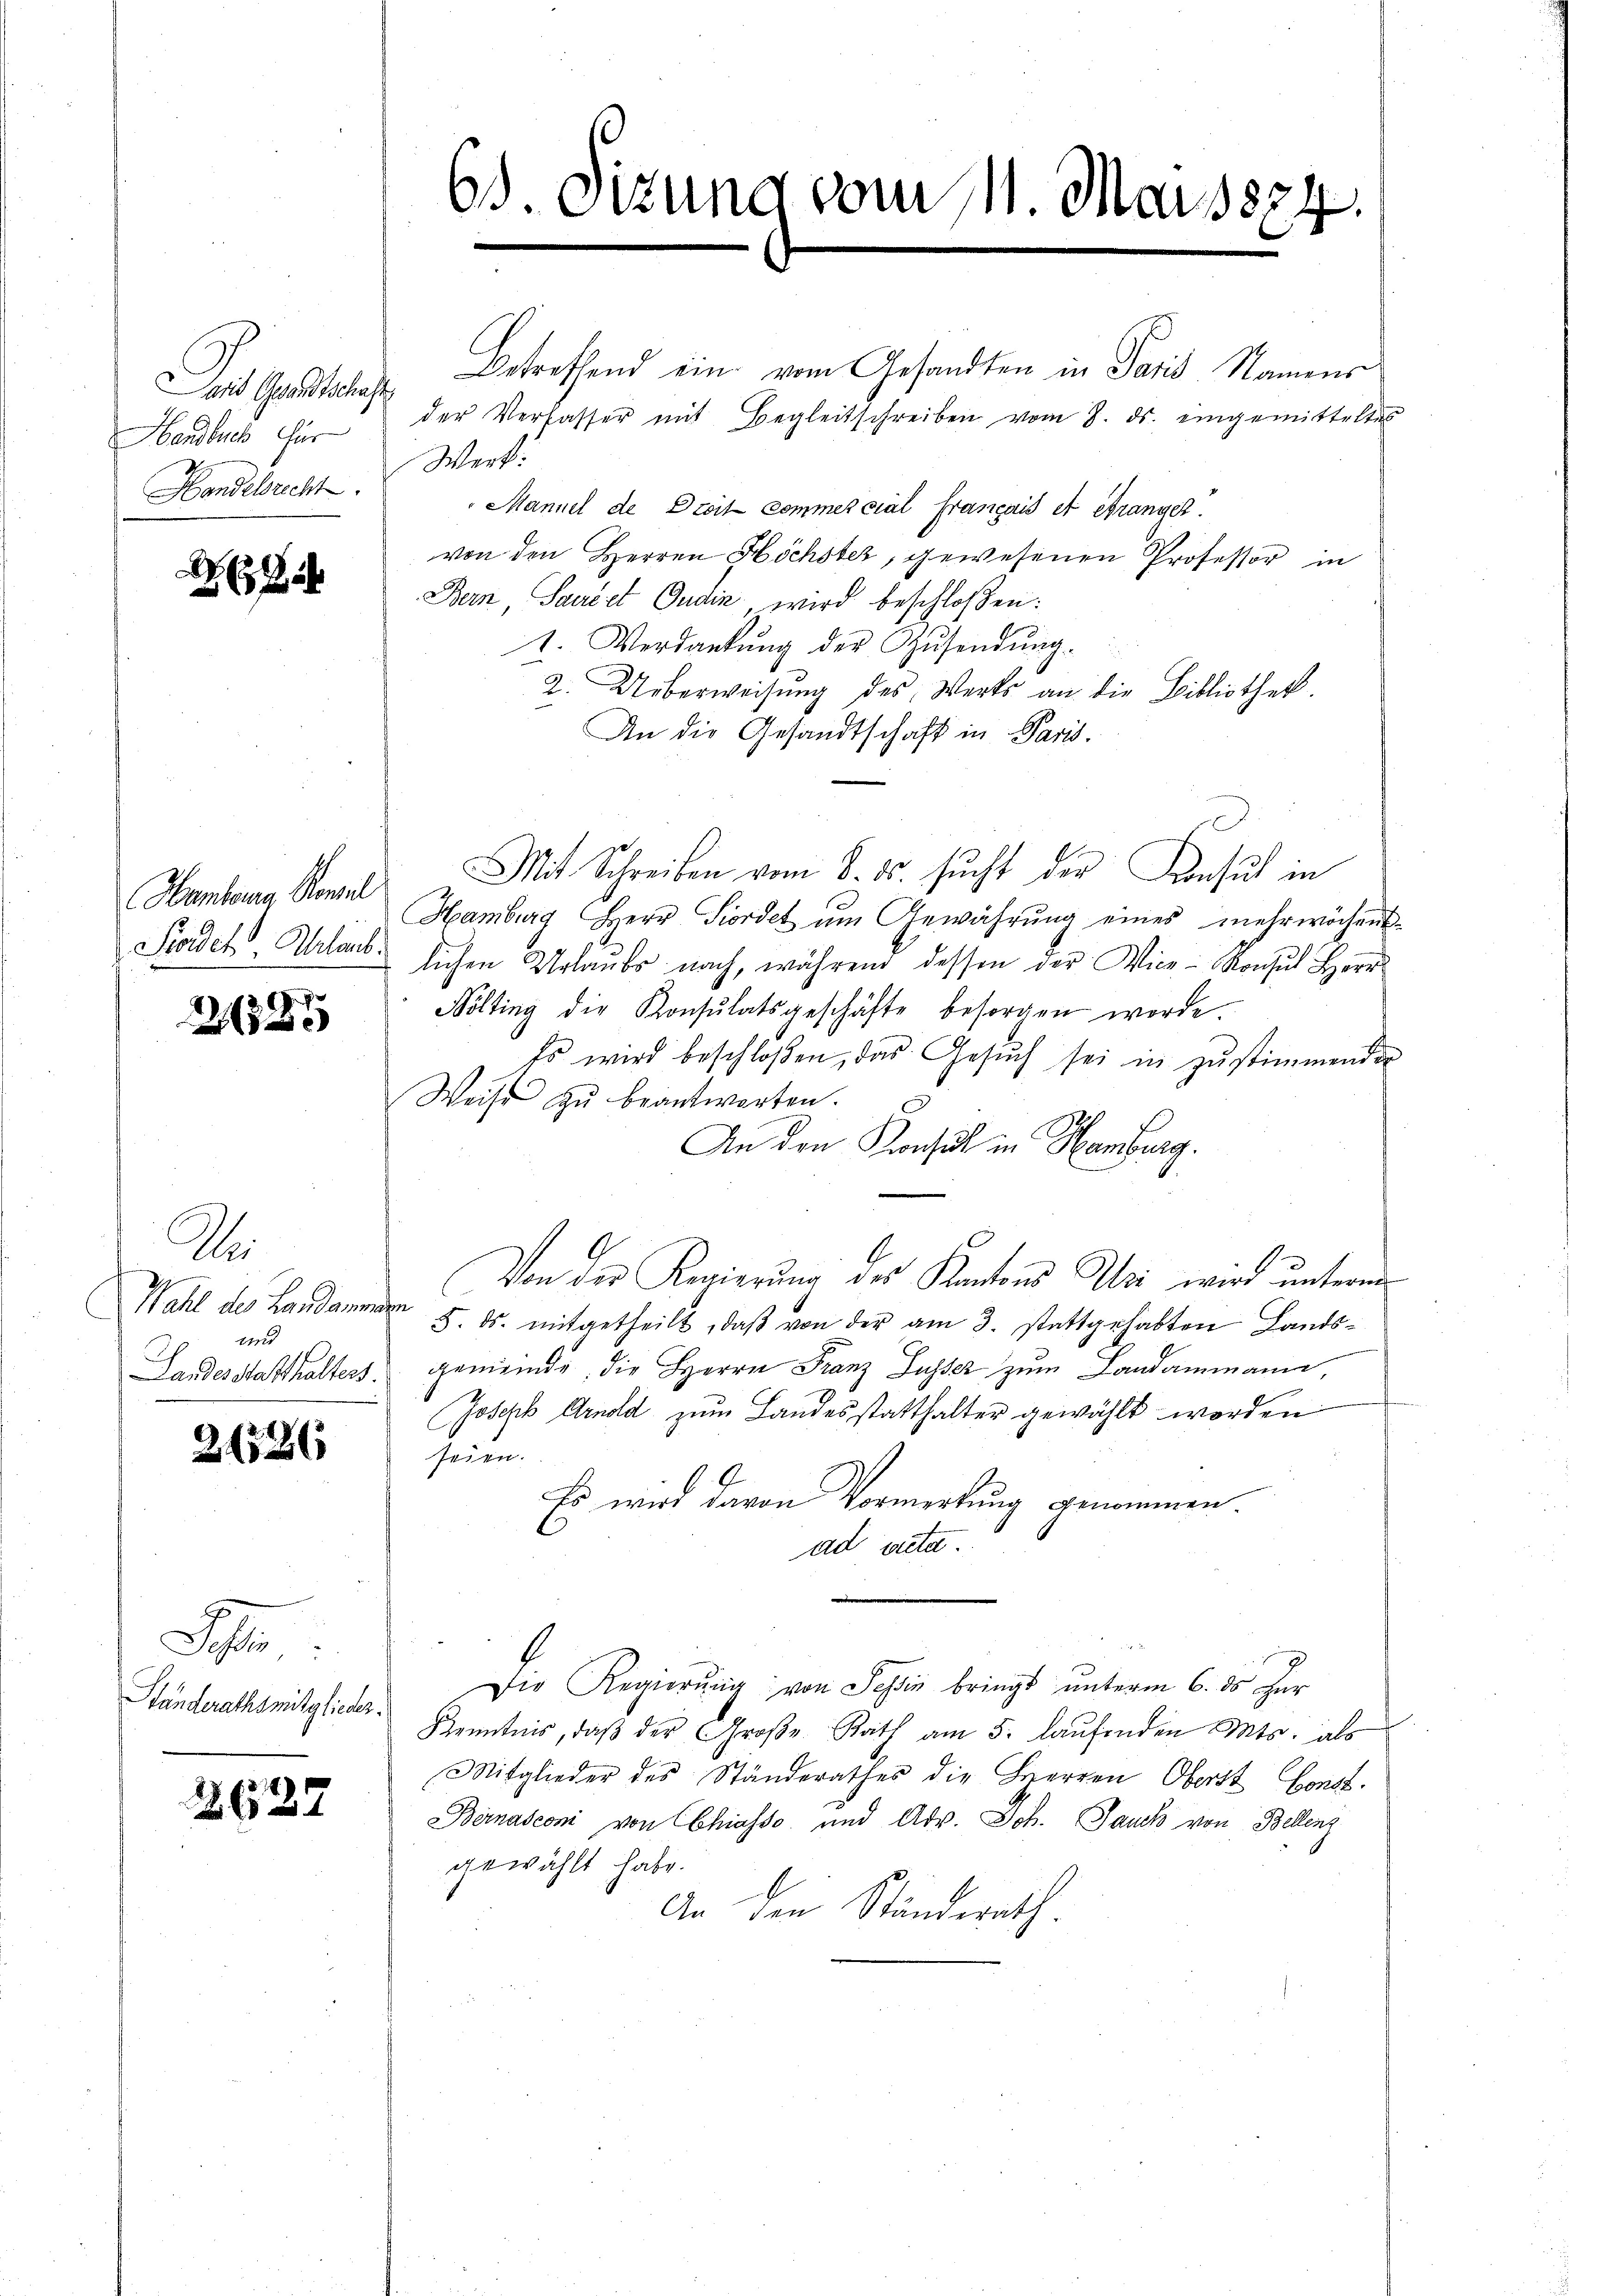
Dans Grandten
Handbuch für
Handelsrecht.

a

Hanhang Kenzel
Stodes Glaub.

2335

S
72
Wahl des Landamm
und
Landes Statthalters.

21526

E
Tessin,
Ständerathsmitglieder

2627

65. Dizung vom 111. Mayssz4.

Betreffend ein vom Gesandten in Paris Namens
der Verfasser mit Begleitschreiben vom 3. ds. eingemitteltes
Werk:
Mannel de Droit commercial français et étranger.
von den Herren Höchster, gewesenen Professor in
Bern Sarriet Gudin, wird beschloßen:
1. Verdankŭng der Zŭsendŭng.
2. Ueberweisung des Werts an die Bibliothek.
An die Gesandtschaft in Paris.
Mit Schreiben vom 8. ds. sucht der Konsul in
Hamburg Herr Fordet am Gewährung eines mehrwöchent-
lichen Urlaŭbs nach, während dessen der Vice-Konsul Herr
Sölting die Konsŭlatsgeschäfte besorgen worde.
Es wird beschloßen, das Gesŭch sei in zŭstimmenden
Weise zŭ beantworten.
An den Konsul in Hamburg.
.
Von der Regierung des Kantons Uri wird unterm
e
5. ds. mitgetheilt, daß von der am 3. stattgehabten Landsgemeinde, die Herrn Franz Lusser zum Landammann
Joseph Arnold zum Landesstatthalter gewählt worden
seien.
.
Es wird davon Vormerkung genommen
ad acta.
Die Regierŭng von Sohin bringt unterm 6. ds für
Kenntnis, daβ der Große Rath am 5. laŭfenden Mts. als
Mitglieder des Ständerathes die Herren Oberst Const.
Bernasconi von Chiasso, und Adv. Joh. Jauch von Bellenz
gewählt habe.
An den Ständerath.